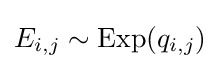
E_{i,j}\sim {\text{Exp}}(q_{i,j})